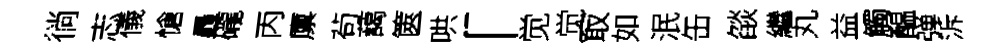
徜志儀愴轟礲丙廪茍藹篋哄「觉觉冣如泯缶燄繼丸益觸醖弹泝